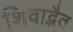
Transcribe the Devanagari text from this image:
शिवाद्भैत